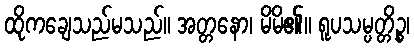
ထိုကချေသည်မသည်။ အတ္တနော၊ မိမိ၏။ ရူပသမ္ပတ္တိဉ္စ၊